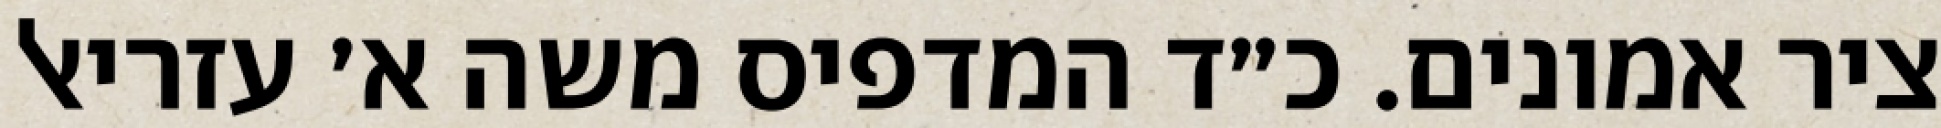
ציר אמונים. כ״ד המדפיס משה א׳ עזריאל